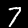
Digit: 7